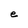
Character: e